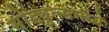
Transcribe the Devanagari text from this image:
मोड्यूल्समध्ये